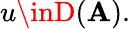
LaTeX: u\inD(\mathbf{A}).